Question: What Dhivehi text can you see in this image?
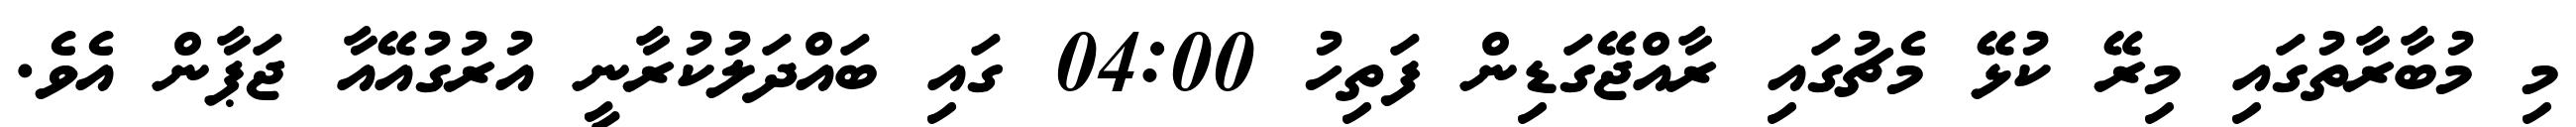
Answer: މި މުބާރާތުގައި މިރޭ ކުޅޭ މެޗުގައި ރާއްޖޭގަޑިން ފަތިހު 04:00 ގައި ބައްދަލުކުރާނީ އުރުގުއޭއާ ޖަޕާން އެވެ.